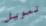
تمويل